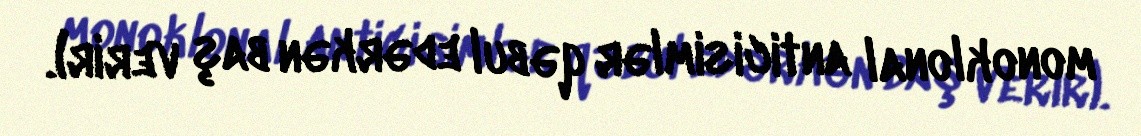
monoklonal anticisimlər qəbul edərkən baş verir).